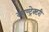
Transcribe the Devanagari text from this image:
काण्ट्रेक्टरी